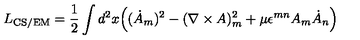
L _ { \mathrm { C S / E M } } = \frac 1 2 \int d ^ { 2 } x \Bigl ( ( \dot { A } _ { m } ) ^ { 2 } - ( \nabla \times A ) _ { m } ^ { 2 } + \mu \epsilon ^ { m n } A _ { m } \dot { A } _ { n } \Bigr )